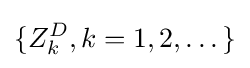
\{Z_{k}^{D},k=1,2,\dots \}